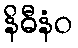
နိဓီနံဝ